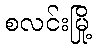
စလင်းမြို့